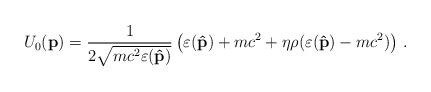
\begin{align*}U_0({\bf p})=\frac{1}{2\sqrt{mc^2\varepsilon({\bf\hat p})}} \left(\varepsilon({\bf\hat p})+mc^2+ \eta\rho(\varepsilon({\bf\hat p})-mc^2)\right)\,.\end{align*}